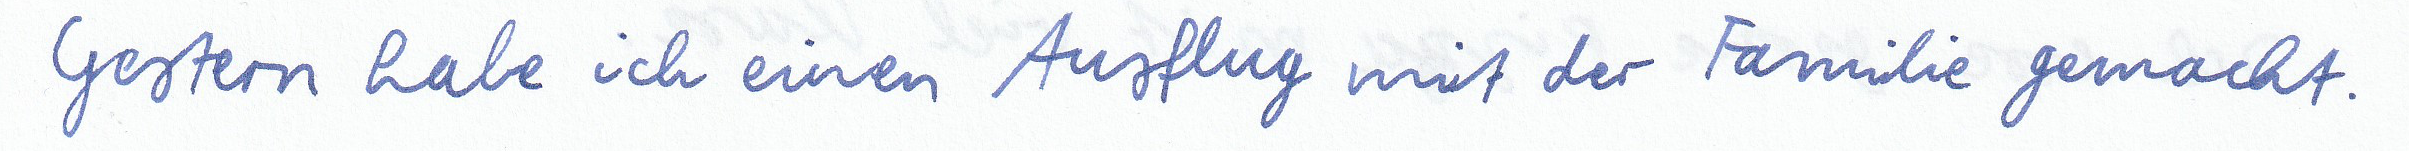
Gestern habe ich einen Ausflug mit der Familie gemacht.